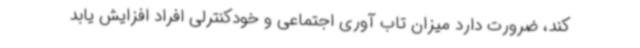
کند، ضرورت دارد میزان تاب آوری اجتماعی و خودکنترلی افراد افزایش یابد